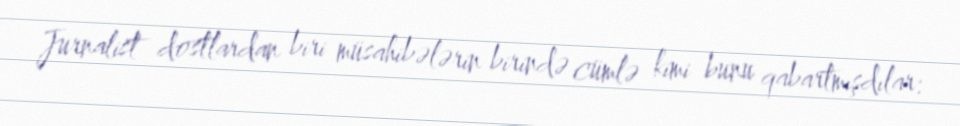
Jurnalist dostlardan biri müsahibələrin birində cümlə kimi bunu qabartmışdılar: